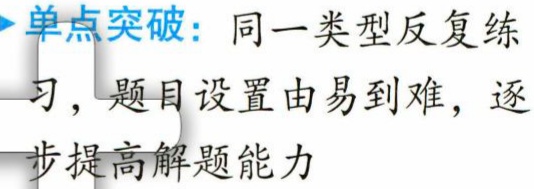
单点突破：同一类型反复练\\

习，题目设置由易到难，逐\\

步提高解题能力